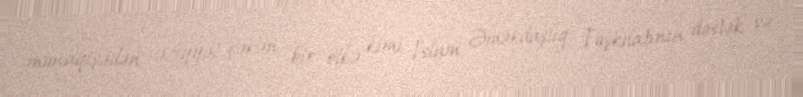
münaqişədən əziyyət çəkən bir ölkə kimi İslam Əməkdaşlıq Təşkilatının dəstək və